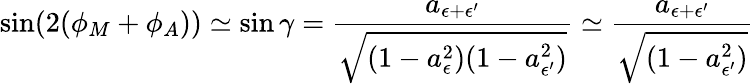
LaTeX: \sin(2(\phi_{M}+\phi_{A}))\simeq\sin\gamma=\frac{a_{\epsilon+\epsilon^{\prime}}}{\sqrt{(1-a_{\epsilon}^{2})(1-a_{\epsilon^{\prime}}^{2})}}\simeq\frac{a_{\epsilon+\epsilon^{\prime}}}{\sqrt{(1-a_{\epsilon^{\prime}}^{2})}}